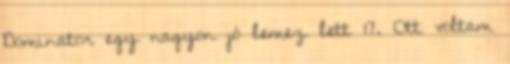
Dominator egy nagyon jó lemez lett 17. Ott voltam